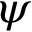
\psi